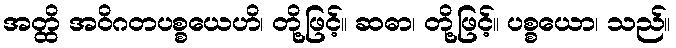
အတ္ထိ အဝိဂတပစ္စယေဟိ၊ တို့ဖြင့်။ ဆဓာ၊ တို့ဖြင့်။ ပစ္စယော၊ သည်။